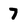
Character: 7